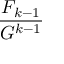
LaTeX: \frac { F _ { k - 1 } } { G ^ { k - 1 } }